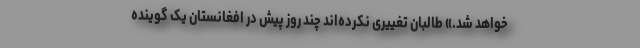
خواهد شد.» طالبان تغییری نکرده‌اند چند روز پیش در افغانستان یک گوینده